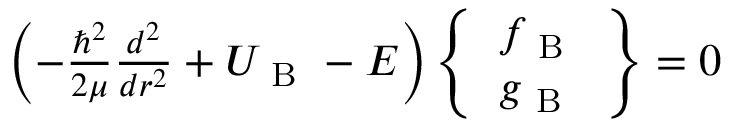
\begin{array} { r } { \left( - \frac { \hbar ^ { 2 } } { 2 \mu } \frac { d ^ { 2 } } { d r ^ { 2 } } + U _ { \mathrm { ~ B ~ } } - E \right) \left\{ \begin{array} { c } { f _ { \mathrm { ~ B ~ } } } \\ { g _ { \mathrm { ~ B ~ } } } \end{array} \right\} = 0 } \end{array}